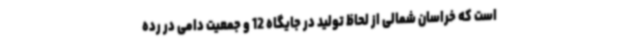
است که خراسان شمالی از لحاظ تولید در جایگاه 12 و جمعیت دامی در رده